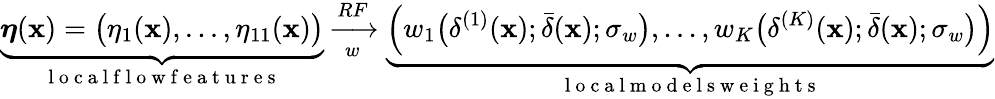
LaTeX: \underbrace{\boldsymbol{\eta}(\mathbf{x})=\bigl(\eta_{1}(\mathbf{x}),...,\eta_{11}(\mathbf{x})\bigr)}_{\mathrm{~l~o~c~a~l~f~l~o~w~f~e~a~t~u~r~e~s~}}\xrightarrow[w]{RF}\underbrace{\left(w_{1}\bigl(\delta^{(1)}(\mathbf{x});\bar{\delta}(\mathbf{x});\sigma_{w}\bigr),...,w_{K}\bigl(\delta^{(K)}(\mathbf{x});\bar{\delta}(\mathbf{x});\sigma_{w}\bigr)\right)}_{\mathrm{~l~o~c~a~l~m~o~d~e~l~s~w~e~i~g~h~t~s~}}